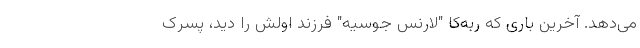
می‌دهد. آخرین باری که ربه‌کا "لارنس جوسیه" فرزند اولش را دید، پسرک